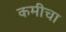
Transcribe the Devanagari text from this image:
कमीचा